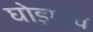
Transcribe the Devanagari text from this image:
घोड़गांव